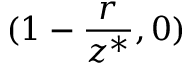
( 1 - \frac { r } { z ^ { * } } , 0 )